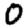
Digit: 0